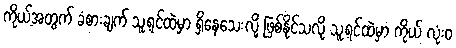
ကိုယ့်အတွက် ခံစားချက် သူ့ရင်ထဲမှာ ရှိနေသေးလို့ ဖြစ်နိုင်သလို သူ့ရင်ထဲမှာ ကိုယ် လုံးဝ